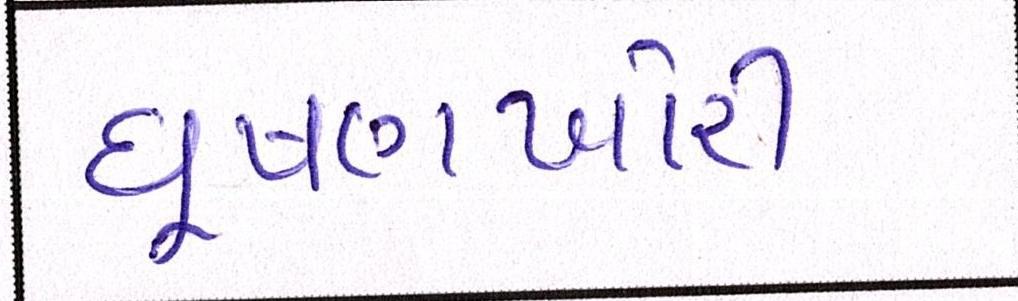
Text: ઘૂષણખોરી